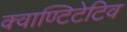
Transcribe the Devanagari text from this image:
क्वाण्टिटेटिव